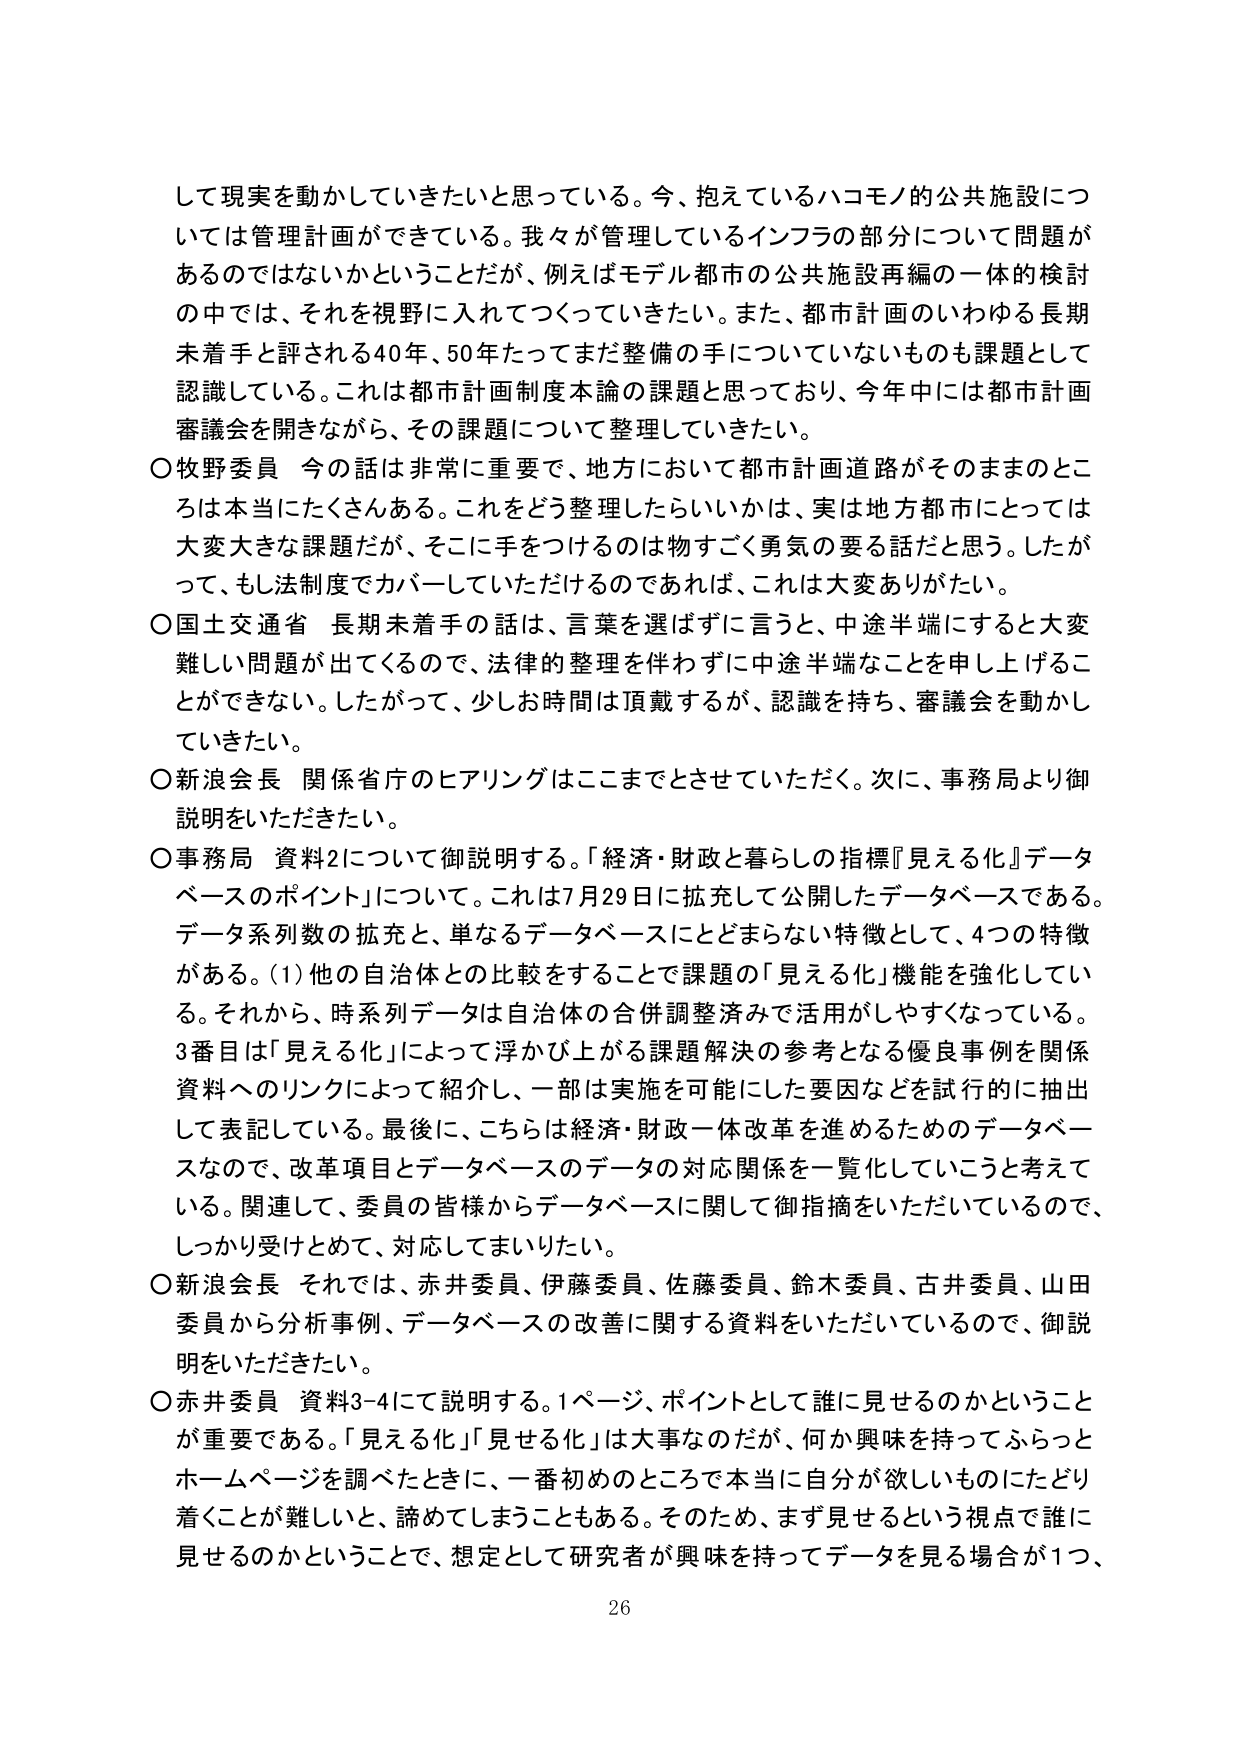
して現実を動かしていきたいと思っている。今、抱えているハコモノ的公共施設については管理計画ができている。我々が管理しているインフラの部分について問題があるのではないかということだが、例えばモデル都市の公共施設再編の一体的検討の中では、それを視野に入れてつくっていきたい。また、都市計画のいわゆる長期未着手と評される40年、50年たってまだ整備の手についていないものも課題として認識している。これは都市計画制度本論の課題と思っており、今年中には都市計画審議会を開きながら、その課題について整理していきたい。

○牧野委員 今の話は非常に重要で、地方において都市計画道路がそのままのところは本当にたくさんある。これをどう整理したらいいかは、実は地方都市にとっては大変大きな課題だが、そこに手をつけるのは物すごく勇気の要る話だと思う。したがって、もし法制度でカバーしていただけるのであれば、これは大変ありがたい。

○国土交通省 長期未着手の話は、言葉を選ばずに言うと、中途半端にすると大変難しい問題が出てくるので、法律的整理を伴わずに中途半端なことを申し上げることができない。したがって、少しお時間は頂戴するが、認識を持ち、審議会を動かしていきたい。

○新浪会長 関係省庁のヒアリングはここまでとさせていただく。次に、事務局より御説明をいただきたい。

○事務局 資料2について御説明する。「経済・財政と暮らしの指標『見える化』データベースのポイント」について。これは7月29日に拡充して公開したデータベースである。データ系列数の拡充と、単なるデータベースにとどまらない特徴として、4つの特徴がある。(1)他の自治体との比較をすることで課題の「見える化」機能を強化している。それから、時系列データは自治体の合併調整済みで活用がしやすくなっている。3番目は「見える化」によって浮かび上がる課題解決の参考となる優良事例を関係資料へのリンクによって紹介し、一部は実施を可能にした要因などを試行的に抽出して表記している。最後に、こちらは経済・財政一体改革を進めるためのデータベースなので、改革項目とデータベースのデータの対応関係を一覧化していこうと考えている。関連して、委員の皆様からデータベースに関して御指摘をいただいているので、しっかり受けとめて、対応してまいりたい。

○新浪会長 それでは、赤井委員、伊藤委員、佐藤委員、鈴木委員、古井委員、山田委員から分析事例、データベースの改善に関する資料をいただいているので、御説明をいただきたい。

○赤井委員 資料3-4にて説明する。1ページ、ポイントとして誰に見せるのかということが重要である。「見える化」「見せる化」は大事なのだが、何か興味を持ってふらっとホームページを調べたときに、一番初めのところで本当に自分が欲しいものにたどり着くことが難しいと、諦めてしまうこともある。そのため、まず見せるという視点で誰に見せるのかということで、想定として研究者が興味を持ってデータを見る場合が1つ、
26